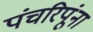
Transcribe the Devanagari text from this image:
पंचरिपूंना